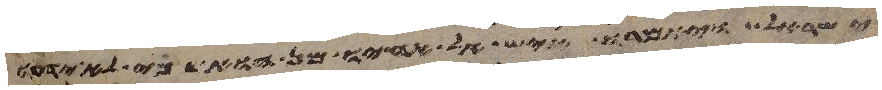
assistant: ישראל ויאמרו איש אל אחיו מן הוא כי לא